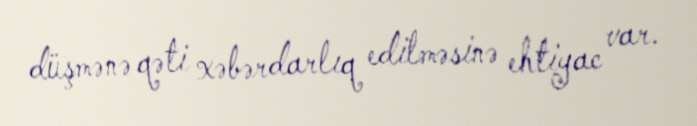
düşmənə qəti xəbərdarlıq edilməsinə ehtiyac var.